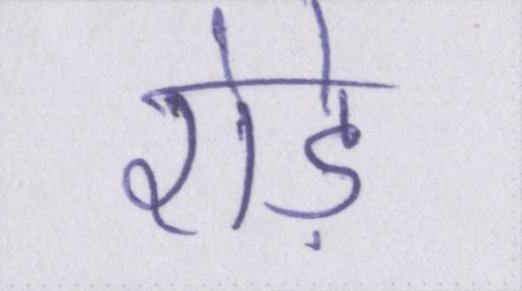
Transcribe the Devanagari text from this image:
रोड़े